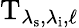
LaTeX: \mathrm{T}_{\lambda_{\mathrm{s}},\lambda_{\mathrm{i}},\ell}